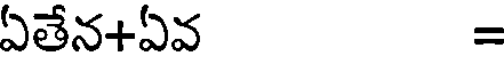
ఏతేన+ఏవ =